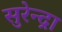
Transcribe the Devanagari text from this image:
सुरेन्द्रा